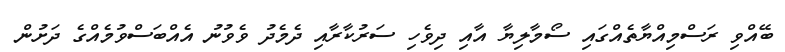
ބޭއްވި ރަސްމިއްޔާތެއްގައި ސޯމާލިޔާ އާއި ދިވެހި ސަރުކާރާއި ދެމެދު ވެވުނު އެއްބަސްވުމެއްގެ ދަށުން